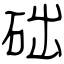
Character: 础